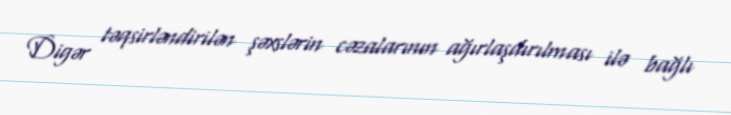
Digər təqsirləndirilən şəxslərin cəzalarının ağırlaşdırılması ilə bağlı